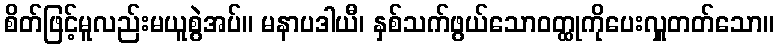
စိတ်ဖြင့်မူလည်းမယူစွဲအပ်။ မနာပဒါယီ၊ နှစ်သက်ဖွယ်သောဝတ္ထုကိုပေးလှူတတ်သော။